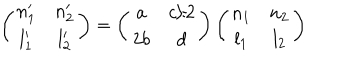
LaTeX: \left( \begin{array} { c c } { { n _ { 1 } ^ { \prime } } } & { { n _ { 2 } ^ { \prime } } } \\ { { l _ { 1 } ^ { \prime } } } & { { l _ { 2 } ^ { \prime } } } \\ \end{array} \right) = \left( \begin{array} { c c } { { a } } & { { c / 2 } } \\ { { 2 b } } & { { d } } \\ \end{array} \right) \left( \begin{array} { c c } { { n _ { 1 } } } & { { n _ { 2 } } } \\ { { l _ { 1 } } } & { { l _ { 2 } } } \\ \end{array} \right)